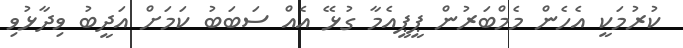
ކުރުމަކީ އެހެން މެމްބަރުން ޕީޕީއެމާ ގުޅޭ އެއް ސަބަބު ކަމަށް އަދީބު ވިދާޅުވި